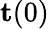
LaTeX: \mathbf t(0)